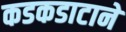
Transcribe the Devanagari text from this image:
कडकडाटाने